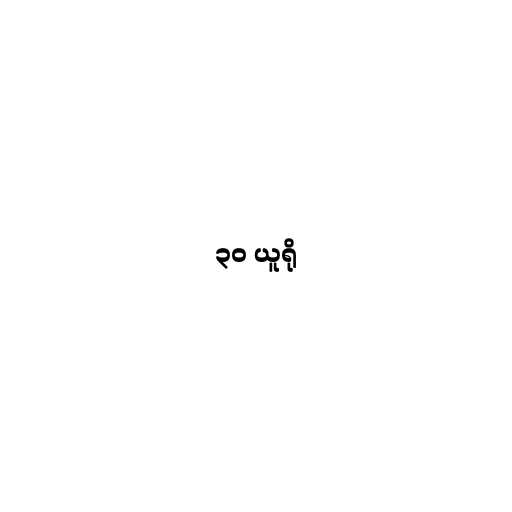
၃၀ ယူရို